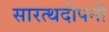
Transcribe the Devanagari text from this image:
सारत्थदीपनी